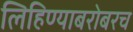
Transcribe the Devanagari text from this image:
लिहिण्याबरोबरच